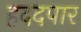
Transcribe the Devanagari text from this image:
हददपार